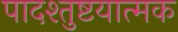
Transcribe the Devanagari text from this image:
पादश्तुष्टयात्मक